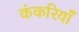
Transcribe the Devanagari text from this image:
कंकरियाँ